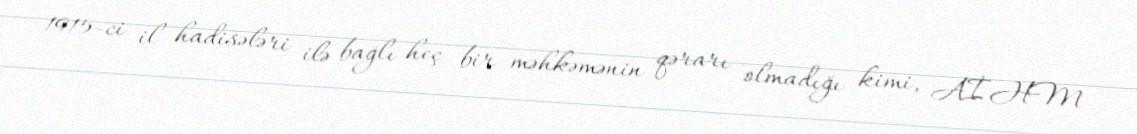
1915-ci il hadisələri ilə bağlı heç bir məhkəmənin qərarı olmadığı kimi, AİHM